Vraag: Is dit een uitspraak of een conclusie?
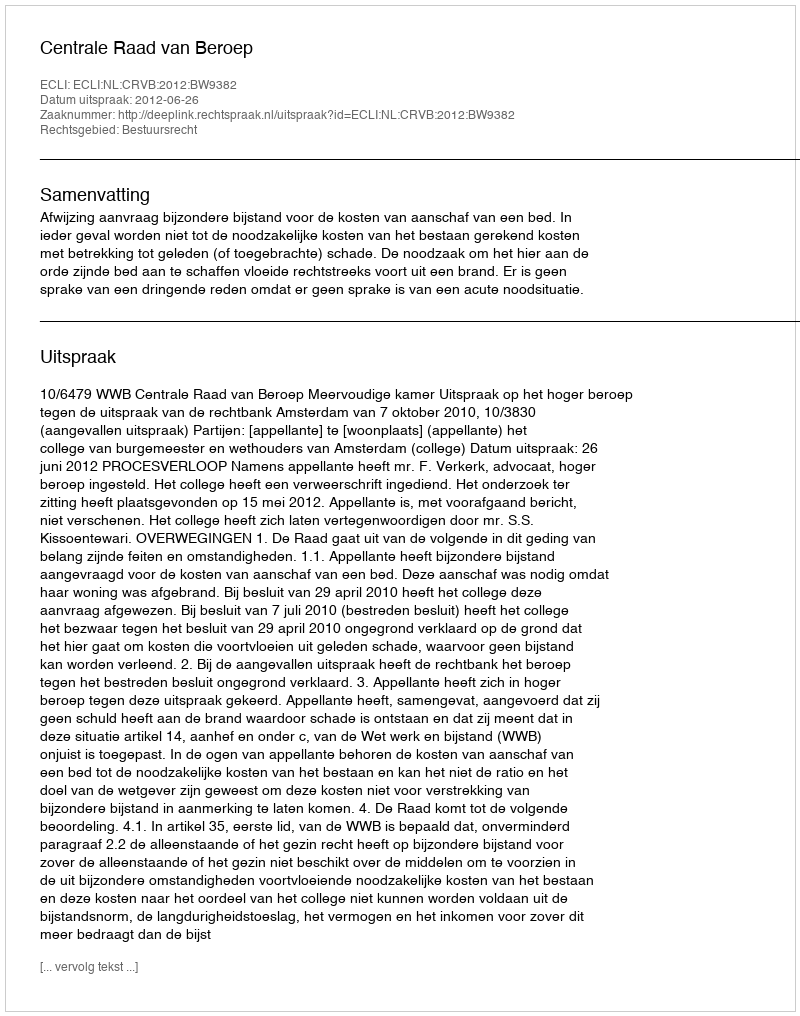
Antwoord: Uitspraak